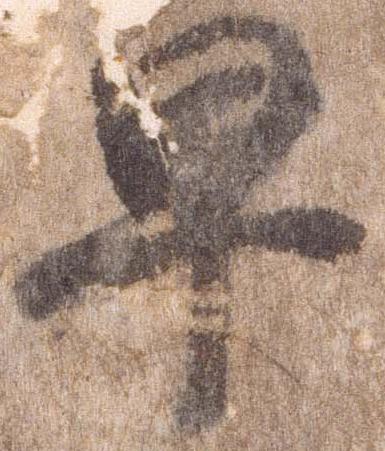
早